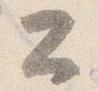
公